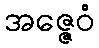
အဇ္ဇေဝံ